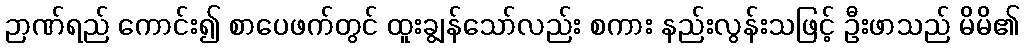
ဉာဏ်ရည် ကောင်း၍ စာပေဖက်တွင် ထူးချွန်သော်လည်း စကား နည်းလွန်းသဖြင့် ဦးဖာသည် မိမိ၏